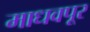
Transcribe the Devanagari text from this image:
माधवपूर